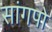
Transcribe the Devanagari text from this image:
सांगपो